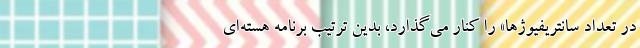
در تعداد سانتریفیوژها» را کنار می‌گذارد، بدین ترتیب برنامه هسته‌ای